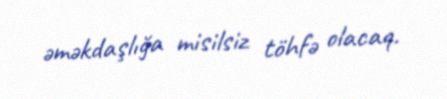
əməkdaşlığa misilsiz töhfə olacaq.